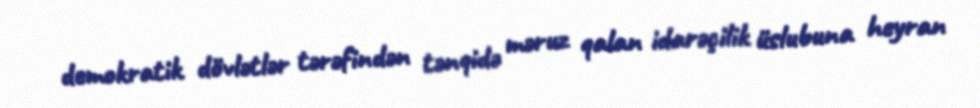
demokratik dövlətlər tərəfindən tənqidə məruz qalan idarəçilik üslubuna heyran